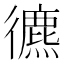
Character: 𢖐